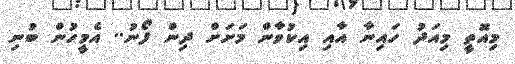
މިއޮތީ މިއަދު ހައިނާ އާއި އިކުވާން މަށަށް ދިން ފޯނު.. އެމީހުން ބުނި